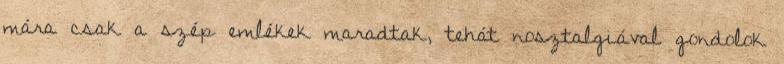
mára csak a szép emlékek maradtak, tehát nosztalgiával gondolok